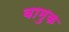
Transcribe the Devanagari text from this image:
वामुक